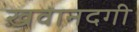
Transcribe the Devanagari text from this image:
ख़वानदगी